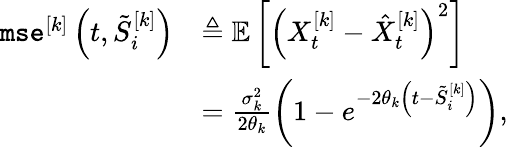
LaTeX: \begin{array}{rl}{\texttt{mse}^{[k]}\left(t,\tilde{S}_{i}^{[k]}\right)}&{\triangleq{\mathbb{E}}\left[\left(X_{t}^{[k]}-\hat{X}_{t}^{[k]}\right)^{2}\right]}\\ &{=\frac{\sigma_{k}^{2}}{2\theta_{k}}\left(1-e^{-2\theta_{k}\left(t-\tilde{S}_{i}^{[k]}\right)}\right),}\end{array}